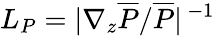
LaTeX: L_{P}=|\nabla_{z}\overline{{P}}/\overline{{P}}|^{\, -1}